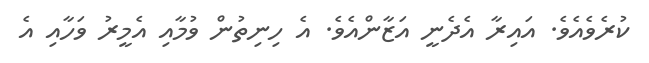
ކުރެވެއެވެ. އައިރާ އެދެނީ އަޒާންއެވެ. އެ ހިނިތުން ވުމާއި އެމީރު ވަހާއި އެ